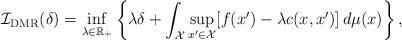
LaTeX: \begin{align*}\mathcal{I}_{\mathrm{DMR}}(\delta) = \inf_{\lambda \in \mathbb{R}_{+}}\left\{ \lambda \delta + \int_{\mathcal{X}} \sup_{x' \in \mathcal{X}} [ f(x') - \lambda c(x, x') ] \, d \mu(x) \right\}, \end{align*}